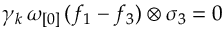
\gamma _ { k } \, \omega _ { [ 0 ] } \, ( f _ { 1 } - f _ { 3 } ) \otimes \sigma _ { 3 } = 0